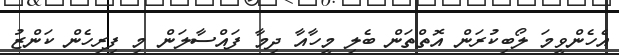
އެހެންވީމަ ލޯބިކުރަން އޮތްތަން ބެލި މީހާއާ ދިމާ ފައްސާލަން މި ފިރިހެން ކަންޒު